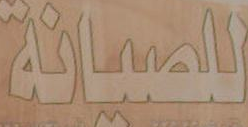
للصيانة